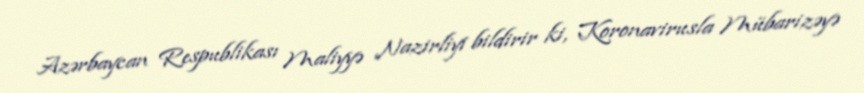
Azərbaycan Respublikası Maliyyə Nazirliyi bildirir ki, Koronavirusla Mübarizəyə